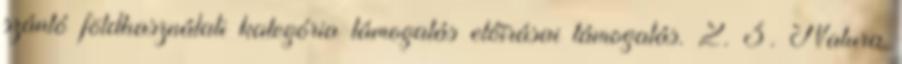
szántó földhasználati kategória támogatás előírásai támogatás. 2. 3. Natura